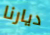
ديارنا